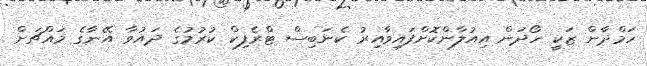
ހަމްދާން ޒަކީ ހޯދަން އިއުލާންކޮށްފައިވާއިރު ކެނަބިސް ޓްރެފިކް ކުރުމުގެ ދައުވާ އޭނާގެ މައްޗަށް